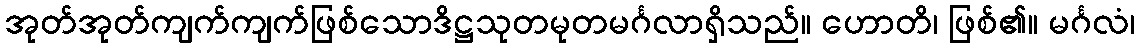
အုတ်အုတ်ကျက်ကျက်ဖြစ်သောဒိဋ္ဌသုတမုတမင်္ဂလာရှိသည်။ ဟောတိ၊ ဖြစ်၏။ မင်္ဂလံ၊